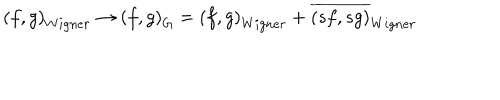
LaTeX: \left( f , g \right) _ { W i g n e r } \rightarrow \left( f , g \right) _ { G } = \left( f , g \right) _ { W i g n e r } + \overline { { { \left( s f , s g \right) } } } _ { W i g n e r }